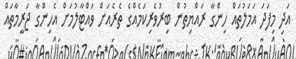
އަދި މިފަދަ އަމަލުތައް ހިންގާ ރައްޔިތުން ބިރުވެރިކަމެއްގެ ތެރެއަށް ވައްޓާލުމަށް އެހިންގާ ޖަރީމާތައް